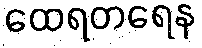
ထေရတရေန